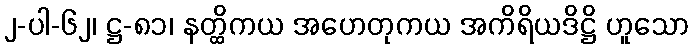
၂-ပါ-၆၂၊ ဋ္ဌ-၈၁၊ နတ္ထိကယ အဟေတုကယ အကိရိယဒိဋ္ဌိ ဟူသော